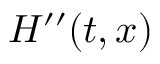
H ^ { \prime \prime } ( t , x )